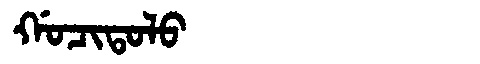
Manchu: ᡤᠣᠴᡳᡨᠣᠯᠣ
Romanization: GOCITOLO